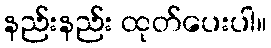
နည်းနည်း ထုတ်ပေးပါ။